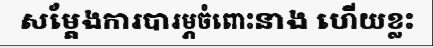
សម្តែងការបារម្ភចំពោះនាង ហើយខ្លះ